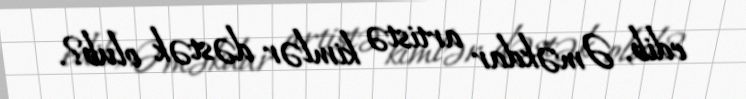
edib, Əməkdar artistə kimlər dəstək olub?.